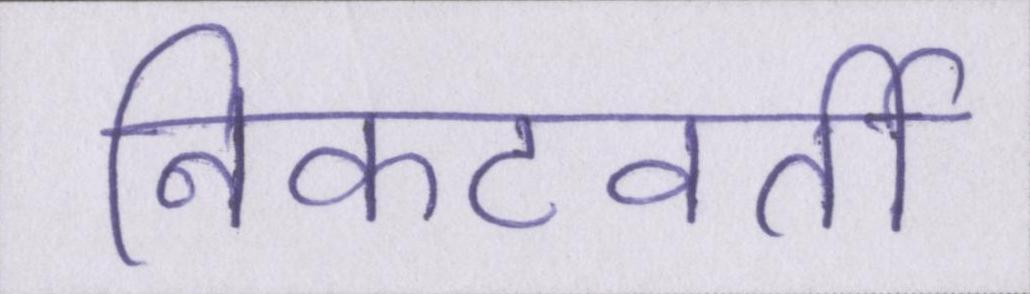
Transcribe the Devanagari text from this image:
निकटवर्ती